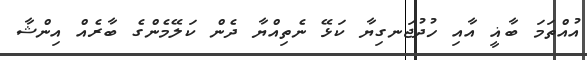
އުއްތަމަ ބާޣީ އާއި ހުދުޖަނގިޔާ ކަޅޭ ނެތިއްޔާ ދެން ކަލޭމެންގެ ބާރެއް އިންޝާ